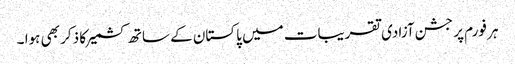
ہر فورم پر جشن آزادی تقریبات میں پاکستان کے ساتھ کشمیر کا ذکر بھی ہوا ۔